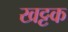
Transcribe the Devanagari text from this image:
खट्टक